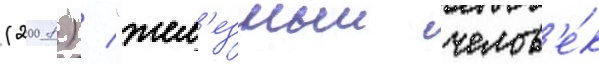
(2008) / "жел'езныи челов'е́к